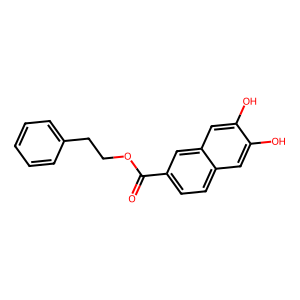
SMILES: O=C(OCCc1ccccc1)c1ccc2cc(O)c(O)cc2c1
Inhibits HIV replication: Yes